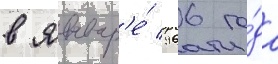
в январ'е́ 1966 го́да